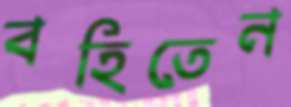
বহিতেন